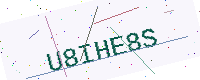
Text: U8IHE8S